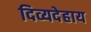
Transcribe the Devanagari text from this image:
दिव्यदेहाय